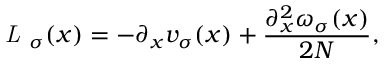
\textit { L } _ { \sigma } ( x ) = - \partial _ { x } v _ { \sigma } ( x ) + \frac { \partial _ { x } ^ { 2 } \omega _ { \sigma } ( x ) } { 2 N } ,